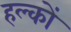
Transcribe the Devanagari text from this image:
हल्कों